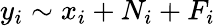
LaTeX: y_{i}\sim x_{i}+N_{i}+F_{i}